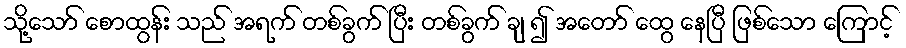
သို့သော် စောထွန်း သည် အရက် တစ်ခွက် ပြီး တစ်ခွက် ချ ၍ အတော် ထွေ နေပြီ ဖြစ်သော ကြောင့်